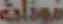
مونات